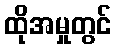
ထိုအမှုတွင်